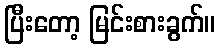
ပြီးတော့ မြင်းစားခွက်။